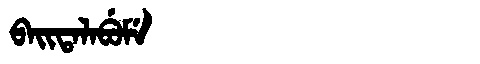
Manchu: ᠪᠠᡳᡨᠠᠯᠠᠪᡠᠮᡝ
Romanization: BAITALABUME